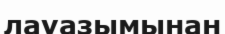
лауазымынан